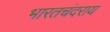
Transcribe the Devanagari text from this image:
भारतचंदराय